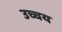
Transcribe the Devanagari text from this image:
उच्चय